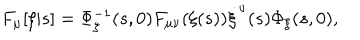
LaTeX: F _ { \mu } [ \xi | s ] = \Phi _ { \xi } ^ { - 1 } ( s , 0 ) F _ { \mu \nu } ( \xi ( s ) ) \dot { \xi } ^ { \nu } ( s ) \Phi _ { \xi } ( s , 0 ) ,